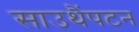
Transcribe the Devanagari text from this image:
साउथैंपटन